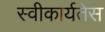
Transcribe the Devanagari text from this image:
स्वीकार्यतेस